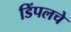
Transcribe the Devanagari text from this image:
डिंपलचे